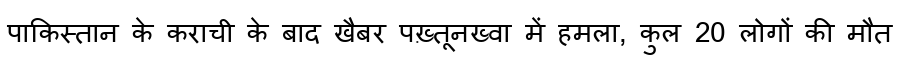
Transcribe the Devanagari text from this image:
पाकिस्तान के कराची के बाद खैबर पख़्तूनख्वा में हमला, कुल 20 लोगों की मौत